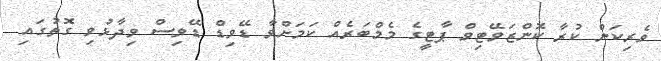
ވެރިކަން ކުރާ ކޮންޒަވޭޓިވް ޕާޓީގެ މެމްބަރެއް ކަމަށްވާ ޑޭވިޑް ޑޭވިސް ވިދާޅުވި ގޮތުގައި